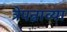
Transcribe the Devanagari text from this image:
त्रेपन्नाव्या